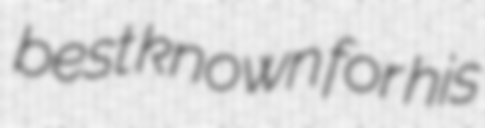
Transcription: best known for his